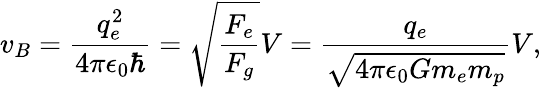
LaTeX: v_{B}=\frac{q_{e}^{2}}{4\pi\epsilon_{0}\hbar}=\sqrt{\frac{F_{e}}{F_{g}}}V=\frac{q_{e}}{\sqrt{4\pi\epsilon_{0}Gm_{e}m_{p}}}V,